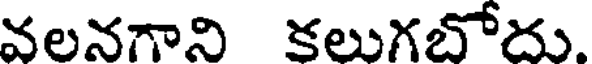
వలనగాని కలుగబోదు.